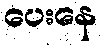
ပေးနေ